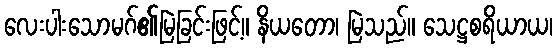
လေးပါးသောမဂ်၏မြဲခြင်းဖြင့်။ နိယတော၊ မြဲသည်။ သေဋ္ဌစရိယာယ၊